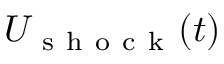
U _ { \mathrm { ~ s ~ h ~ o ~ c ~ k ~ } } ( t )